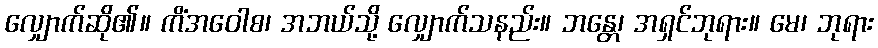
လျှောက်ဆို၏။ ကိံအဝေါစ၊ အဘယ်သို့ လျှောက်သနည်း။ ဘန္တေ၊ အရှင်ဘုရား။ မေ၊ ဘုရား